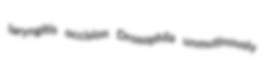
laryngitis occision Drosophila unmutinously